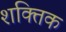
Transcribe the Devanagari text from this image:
शक्तिक